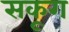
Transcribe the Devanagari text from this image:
सकूग